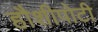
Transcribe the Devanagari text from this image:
हौशीपोटी